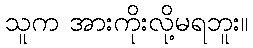
သူက အားကိုးလို့မရဘူး။